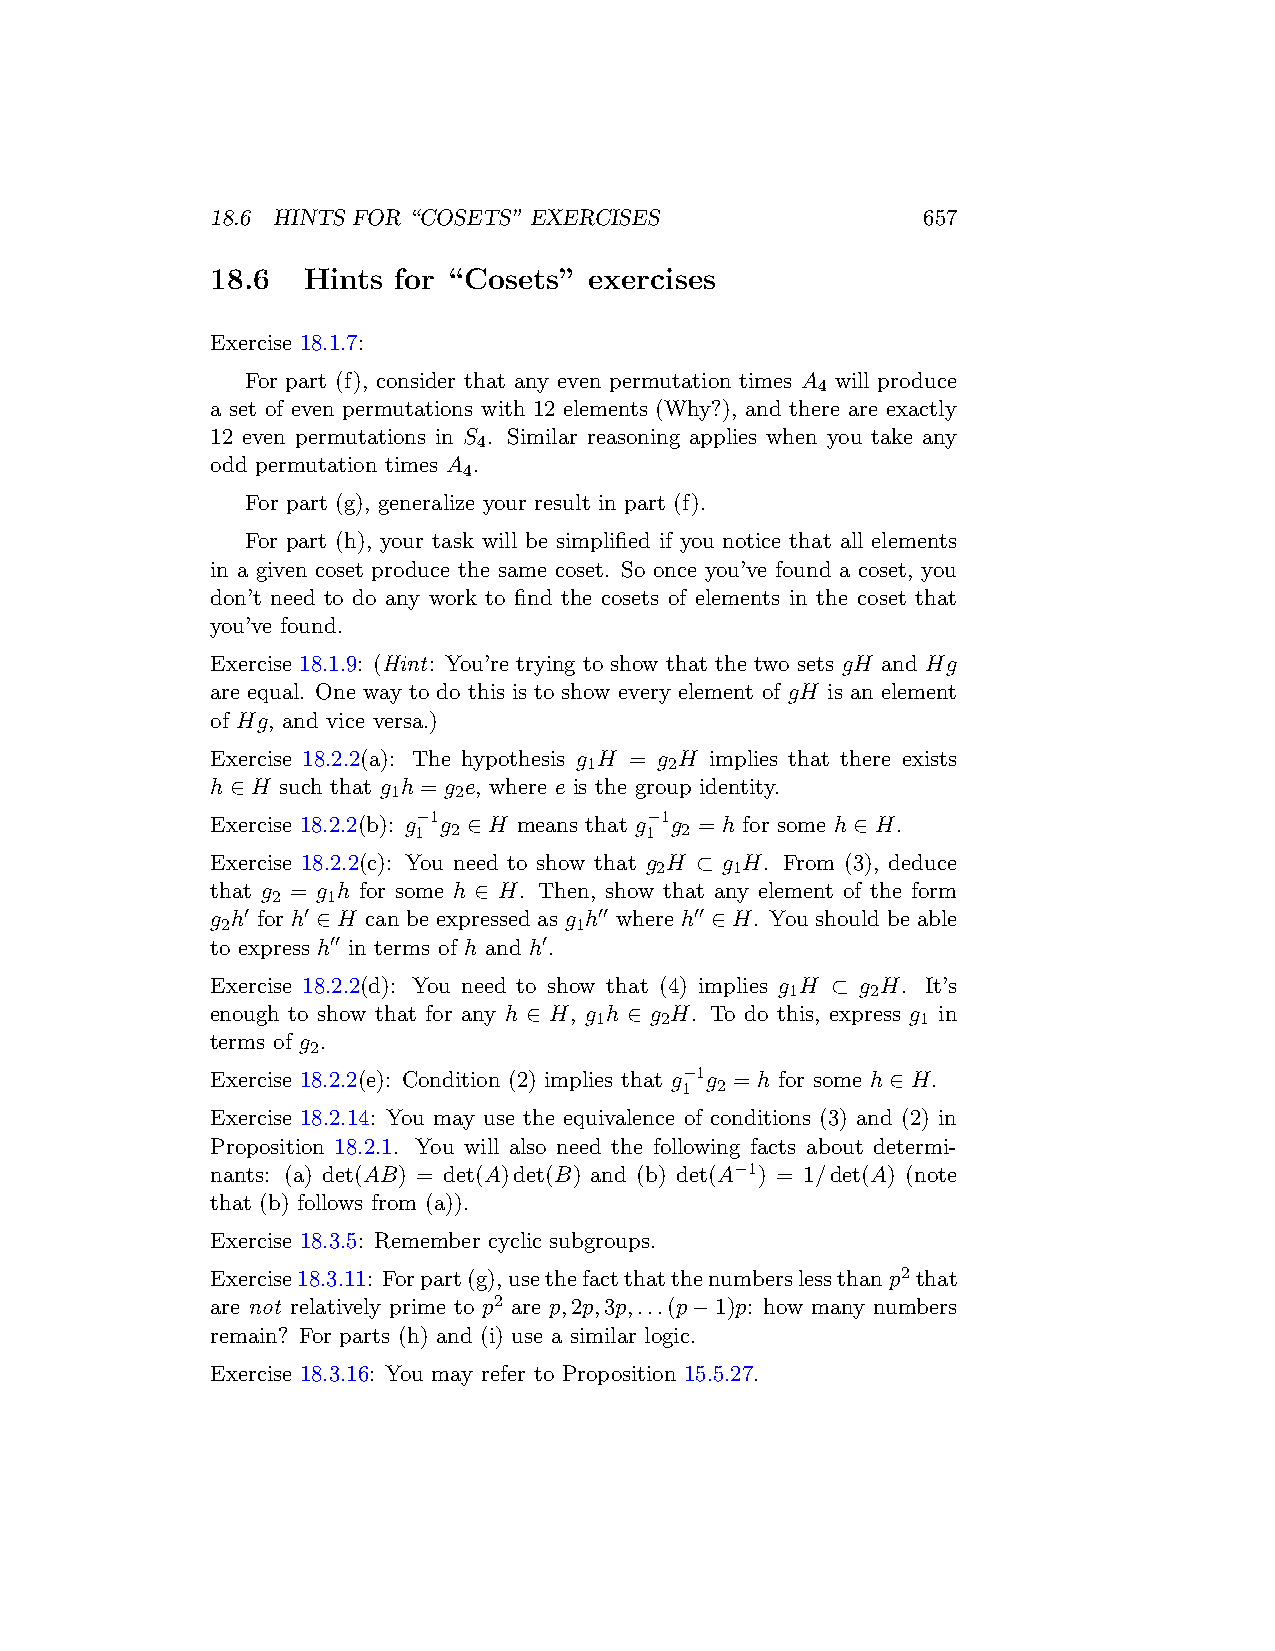
18.6 HINTS FOR “COSETS” EXERCISES              657
 18.6  Hints for “Cosets” exercises
 Exercise 18.1.7:
 For part (f), consider that any even permutation times A will produce
 4
 a set of even permutations with 12 elements (Why?), and there are exactly
 12 even permutations in S . Similar reasoning applies when you take any
 4
 odd permutation times A .
 4
 For part (g), generalize your result in part (f).
 For part (h), your task will be simplified if you notice that all elements
 in a given coset produce the same coset. So once you’ve found a coset, you
 don’t need to do any work to find the cosets of elements in the coset that
 you’ve found.
 Exercise 18.1.9: (Hint: You’re trying to show that the two sets gH and Hg
 are equal. One way to do this is to show every element of gH is an element
 of Hg, and vice versa.)
 Exercise 18.2.2(a): The hypothesis g H = g H implies that there exists
 1    2
 h ∈ H such that g h = g e, where e is the group identity.
 1   2
 Exercise 18.2.2(b): g−1g ∈ H means that g−1g = h for some h ∈ H.
 1  2            1 2
 Exercise 18.2.2(c): You need to show that g H ⊂ g H. From (3), deduce
 2     1
 that g = g h for some h ∈ H. Then, show that any element of the form
 2   1
 g h′ for h′ ∈ H can be expressed as g h′′ where h′′ ∈ H. You should be able
 2                      1
 to express h′′ in terms of h and h′.
 Exercise 18.2.2(d): You need to show that (4) implies g H ⊂ g H. It’s
 1     2
 enough to show that for any h ∈ H, g h ∈ g H. To do this, express g in
 1    2                1
 terms of g .
 2
 Exercise 18.2.2(e): Condition (2) implies that g−1g = h for some h ∈ H.
 1 2
 Exercise 18.2.14: You may use the equivalence of conditions (3) and (2) in
 Proposition 18.2.1. You will also need the following facts about determi-
 nants: (a) det(AB) = det(A)det(B) and (b) det(A−1) = 1/det(A) (note
 that (b) follows from (a)).
 Exercise 18.3.5: Remember cyclic subgroups.
 Exercise18.3.11: Forpart(g),usethefactthatthenumberslessthanp2 that
 are not relatively prime to p2 are p,2p,3p,...(p−1)p: how many numbers
 remain? For parts (h) and (i) use a similar logic.
 Exercise 18.3.16: You may refer to Proposition 15.5.27.